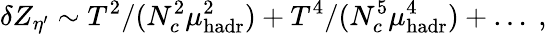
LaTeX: \delta Z_{\eta^{\prime}}\sim T^{2}/(N_{c}^{2}\mu_{\mathrm{hadr}}^{2})+T^{4}/(N_{c}^{5}\mu_{\mathrm{hadr}}^{4})+\ldots\ ,